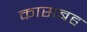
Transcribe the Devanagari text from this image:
कासबह